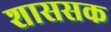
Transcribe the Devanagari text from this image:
शाससक